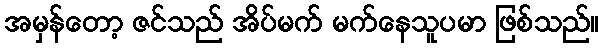
အမှန်တော့ ဇင်သည် အိပ်မက် မက်နေသူပမာ ဖြစ်သည်။